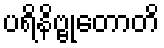
ပရိနိဗ္ဗုတောတိ